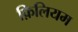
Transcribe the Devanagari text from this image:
फ़िलियम